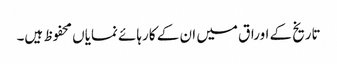
تاریخ کے اوراق میں ان کے کارہائے نمایاں محفوظ ہیں۔